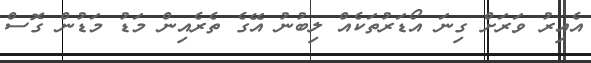
އެއިރު ވަރަށް ގިނަ އޯޑަރުތަކެއް ލިބުނު އޭގެ ތެރެއިން މަޑު މަޑުން ގޮސް